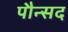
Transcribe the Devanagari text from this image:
पौन्सद